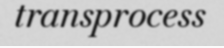
transprocess